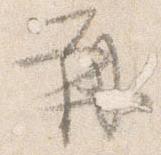
再